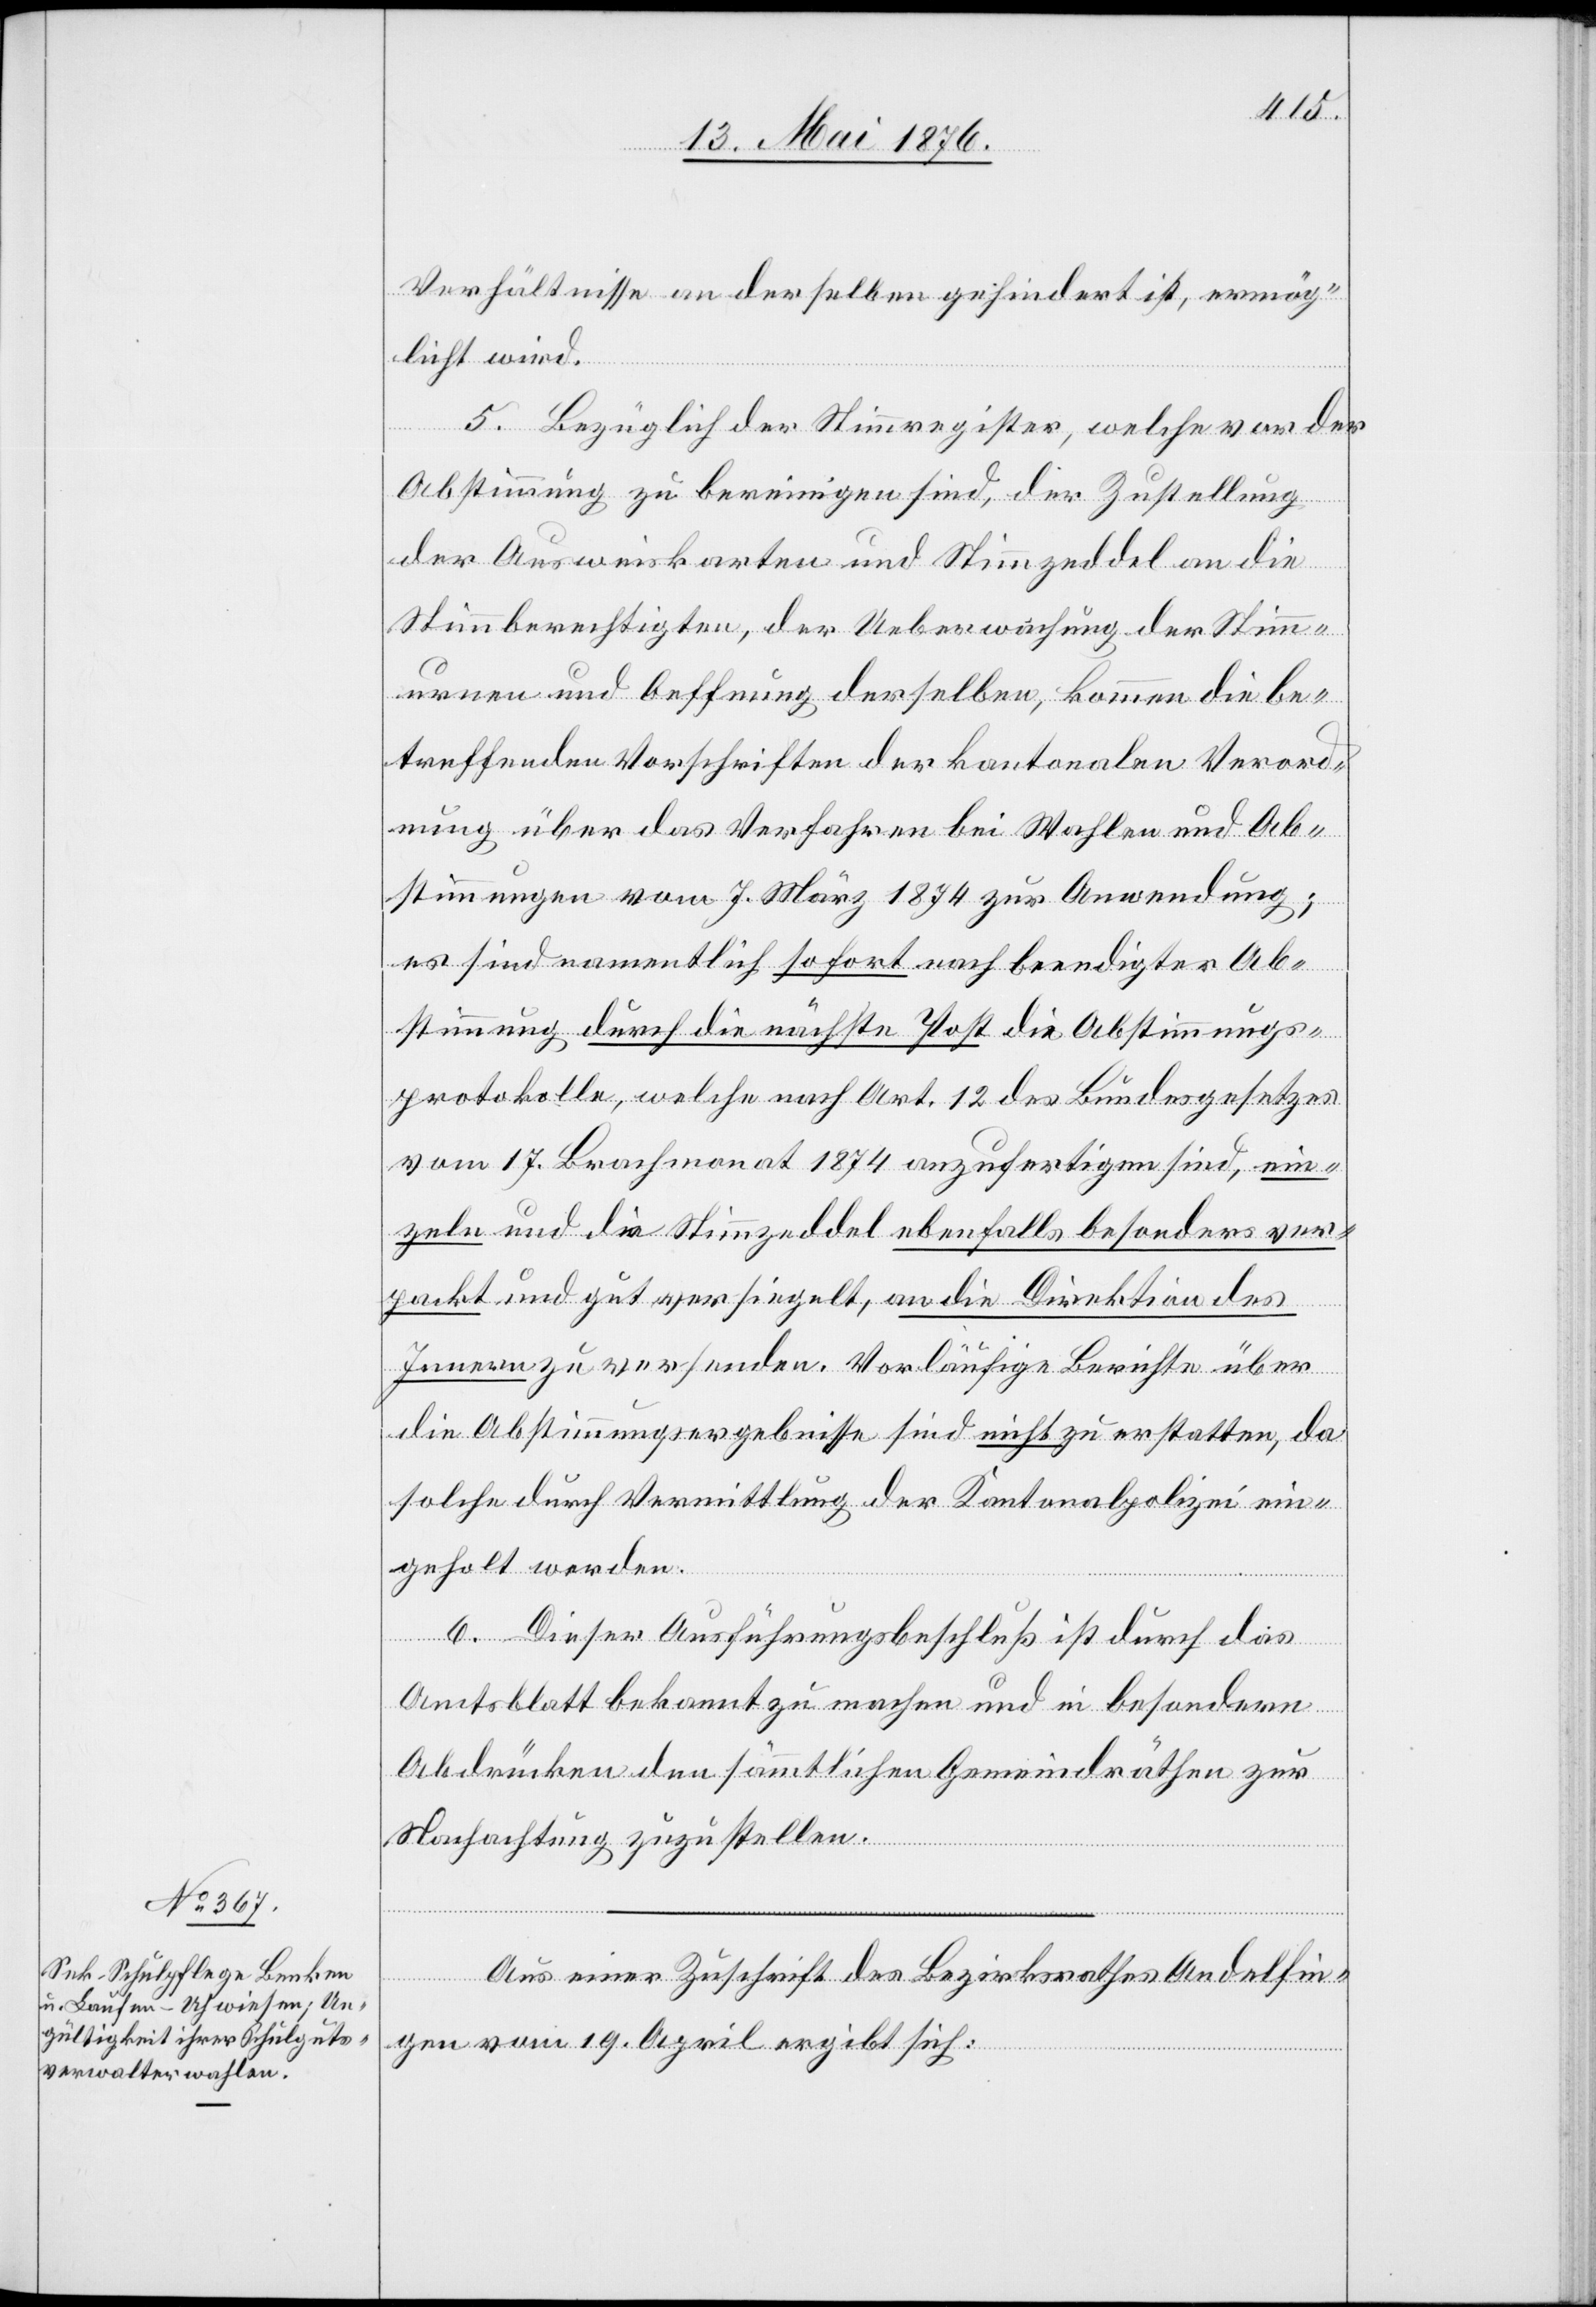
Verhältnisse an derselben gehindert ist, ermög¬
licht wird.
5. Bezüglich der Stimmregister, welche vor der
Abstimmung zu bereinigen sind, der Zustellung
der Ausweiskarten und Stimmzeddel an die
Stimmberechtigten, der Ueberwachung der Stim¬
murnen und Oeffnung derselben, kommen die be¬
treffenden Vorschriften der kantonalen Verord¬
nung über das Verfahren bei Wahlen und Ab¬
stimmungen vom 7. März 1874 zur Anwendung;
es sind namentlich sofort nach beendigter Ab¬
stimmung durch die nächste Post die Abstimmungs¬
protokolle, welche nach Art. 12 des Bundesgesetzes
vom 17. Brachmonat 1874 anzufertigen sind, ein¬
zeln und die Stimmzeddel ebenfalls besonders ver¬
packt und gut versiegelt, an die Direktion des
Innern zu versenden. Vorläufige Berichte über
die Abstimmungsergebnisse sind nicht zu erstatten, da
solche durch Vermittlung der Kantonspolizei ein¬
geholt werden.
6. Dieser Ausführungsbeschluß ist durch das
Amtsblatt bekannt zu machen und in besondern
Abdrücken den sämmtlichen Gemeindräthen zur
Nachachtung zuzustellen.
Aus einer Zuschrift des Bezirksrathes Andelfin¬
gen vom 19. April ergibt sich: